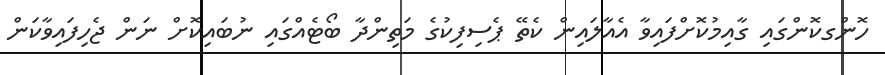
ހޮންގކޮންގައި ގާއިމުކޮށްފައިވާ އެއާލައިން ކެތޭ ޕެސިފިކުގެ މަތިންދާ ބޯޓެއްގައި ނުބައިކޮށް ނަން ޖެހިފައިވާކަން